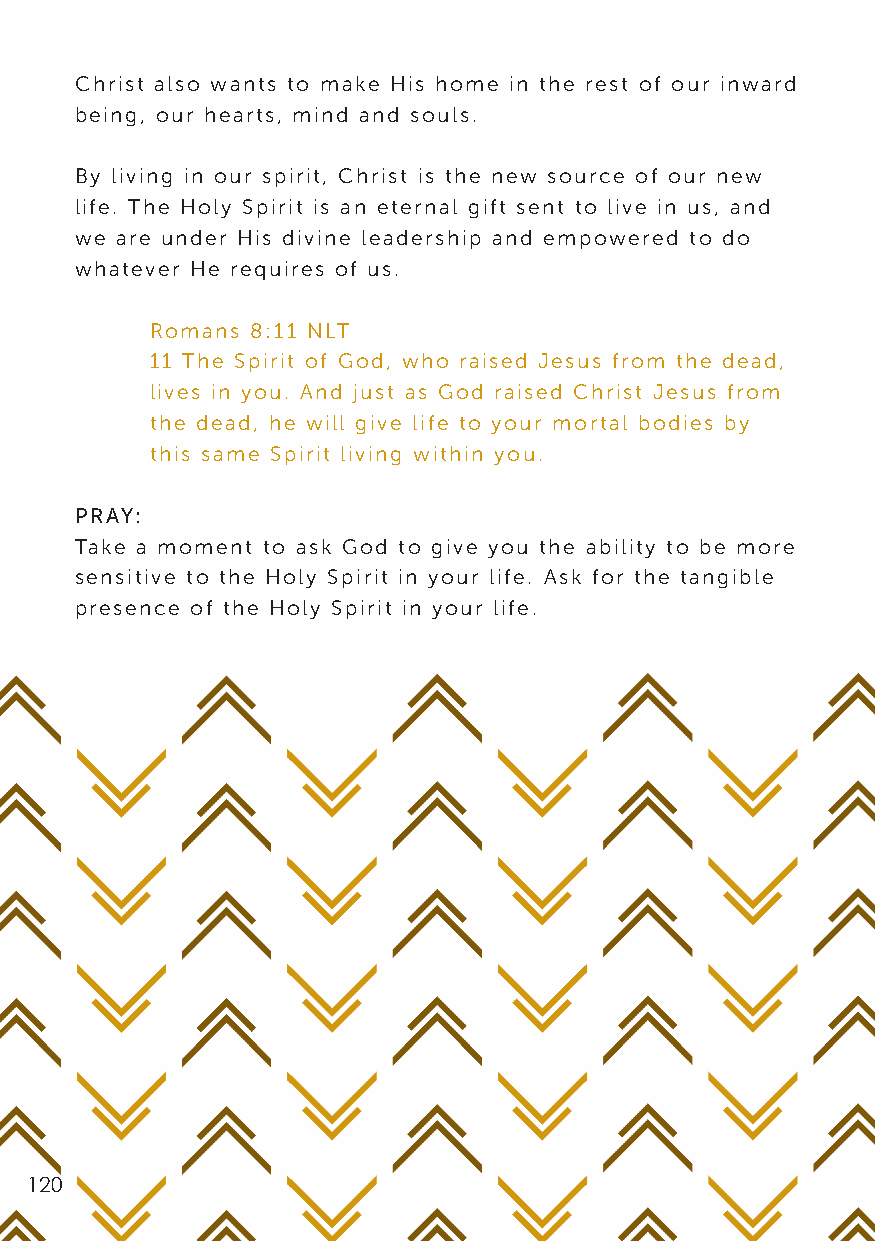
Christ also wants to make His home in the rest of our inward
 being, our hearts, mind and souls.
 By living in our spirit, Christ is the new source of our new
 life. The Holy Spirit is an eternal gift sent to live in us, and
 we are under His divine leadership and empowered to do
 whatever He requires of us.
 Romans 8:11 NLT
 11 The Spirit of God, who raised Jesus from the dead,
 lives in you. And just as God raised Christ Jesus from
 the dead, he will give life to your mortal bodies by
 this same Spirit living within you.
 PRAY:
 Take a moment to ask God to give you the ability to be more
 sensitive to the Holy Spirit in your life. Ask for the tangible
 presence of the Holy Spirit in your life.
 120